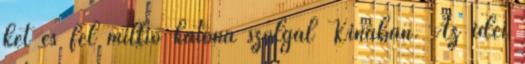
két és fél millió katona szolgál Kínában. Az idei